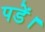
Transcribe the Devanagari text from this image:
पडें।